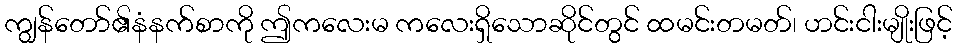
ကျွန်တော်၏နံနက်စာကို ဤကလေးမ ကလေးရှိသောဆိုင်တွင် ထမင်းတမတ်၊ ဟင်းငါးမျိုးဖြင့်